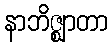
နာဘိဇ္ဈာတာ